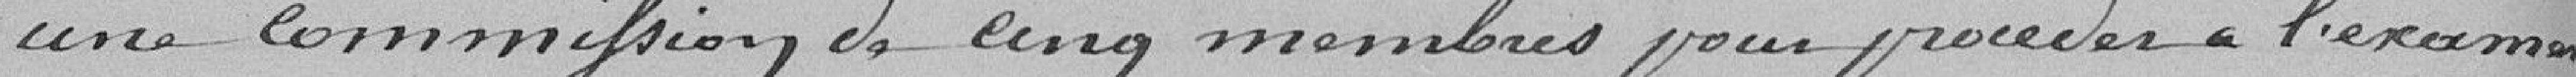
une commission de cinq membres pour procéder à l'examen